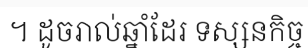
។ ដូចរាល់ឆ្នាំដែរ ទស្សនកិច្ច